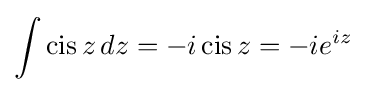
\int \operatorname {cis} z\,dz=-i\operatorname {cis} z=-ie^{iz}